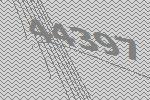
44397